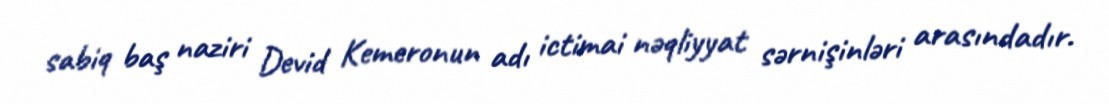
sabiq baş naziri Devid Kemeronun adı ictimai nəqliyyat sərnişinləri arasındadır.